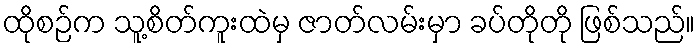
ထိုစဉ်က သူ့စိတ်ကူးထဲမှ ဇာတ်လမ်းမှာ ခပ်တိုတို ဖြစ်သည်။